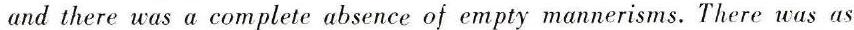
and there was a complete absence of empty mannerisms. There was as